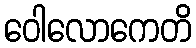
ဝေါလောကေတိ